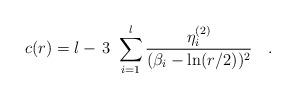
LaTeX: \begin{align*}c(r)=l-\,3\,\,\sum\limits_{i=1}^{l}\frac{\eta _{i}^{(2)}}{(\beta _{i}-\ln(r/2))^{2}}\quad . \end{align*}